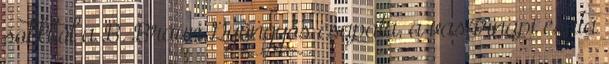
sokkból a B. Braun Gyöngyös csapata, a vasárnapi csata